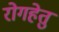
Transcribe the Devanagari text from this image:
रोगहेतु